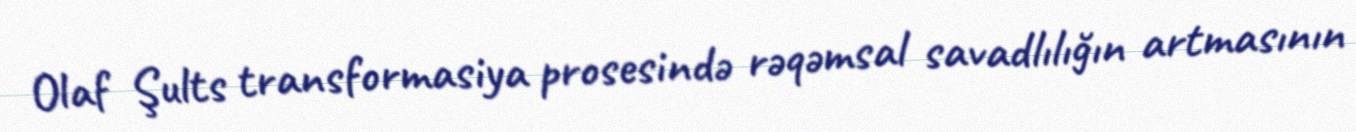
Olaf Şults transformasiya prosesində rəqəmsal savadlılığın artmasının